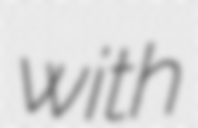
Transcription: with